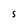
Character: S